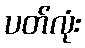
ပတ်လုံး